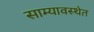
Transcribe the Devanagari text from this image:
साम्यावस्थेत